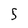
Character: 5